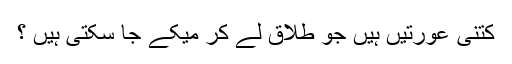
کتنی عورتیں ہیں جو طلاق لے کر میکے جا سکتی ہیں ؟